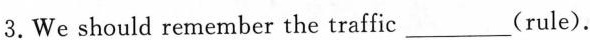
3.We should remember the traffic___(rule).